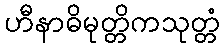
ဟီနာဓိမုတ္တိကသုတ္တံ